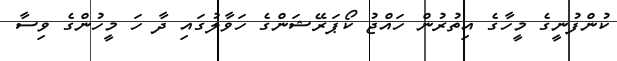
ކުންފުނީގެ މީހާގެ އިތުރުން ހައްޖު ކޯޕަރޭޝަންގެ ހަވާލުގައި ދާ ހަ މީހުންގެ ވިސާ